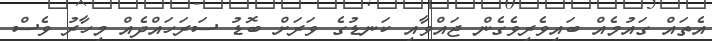
އެތައް ގައުމެއް ބައިވެރިވެގެން ޖައްވާއި ކަނޑުގެ ވަރަށް ބޮޑު ސަރަހައްދެއް މިހާރު ވެސް